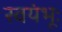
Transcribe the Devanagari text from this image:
स्वयंभूः